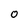
Character: O